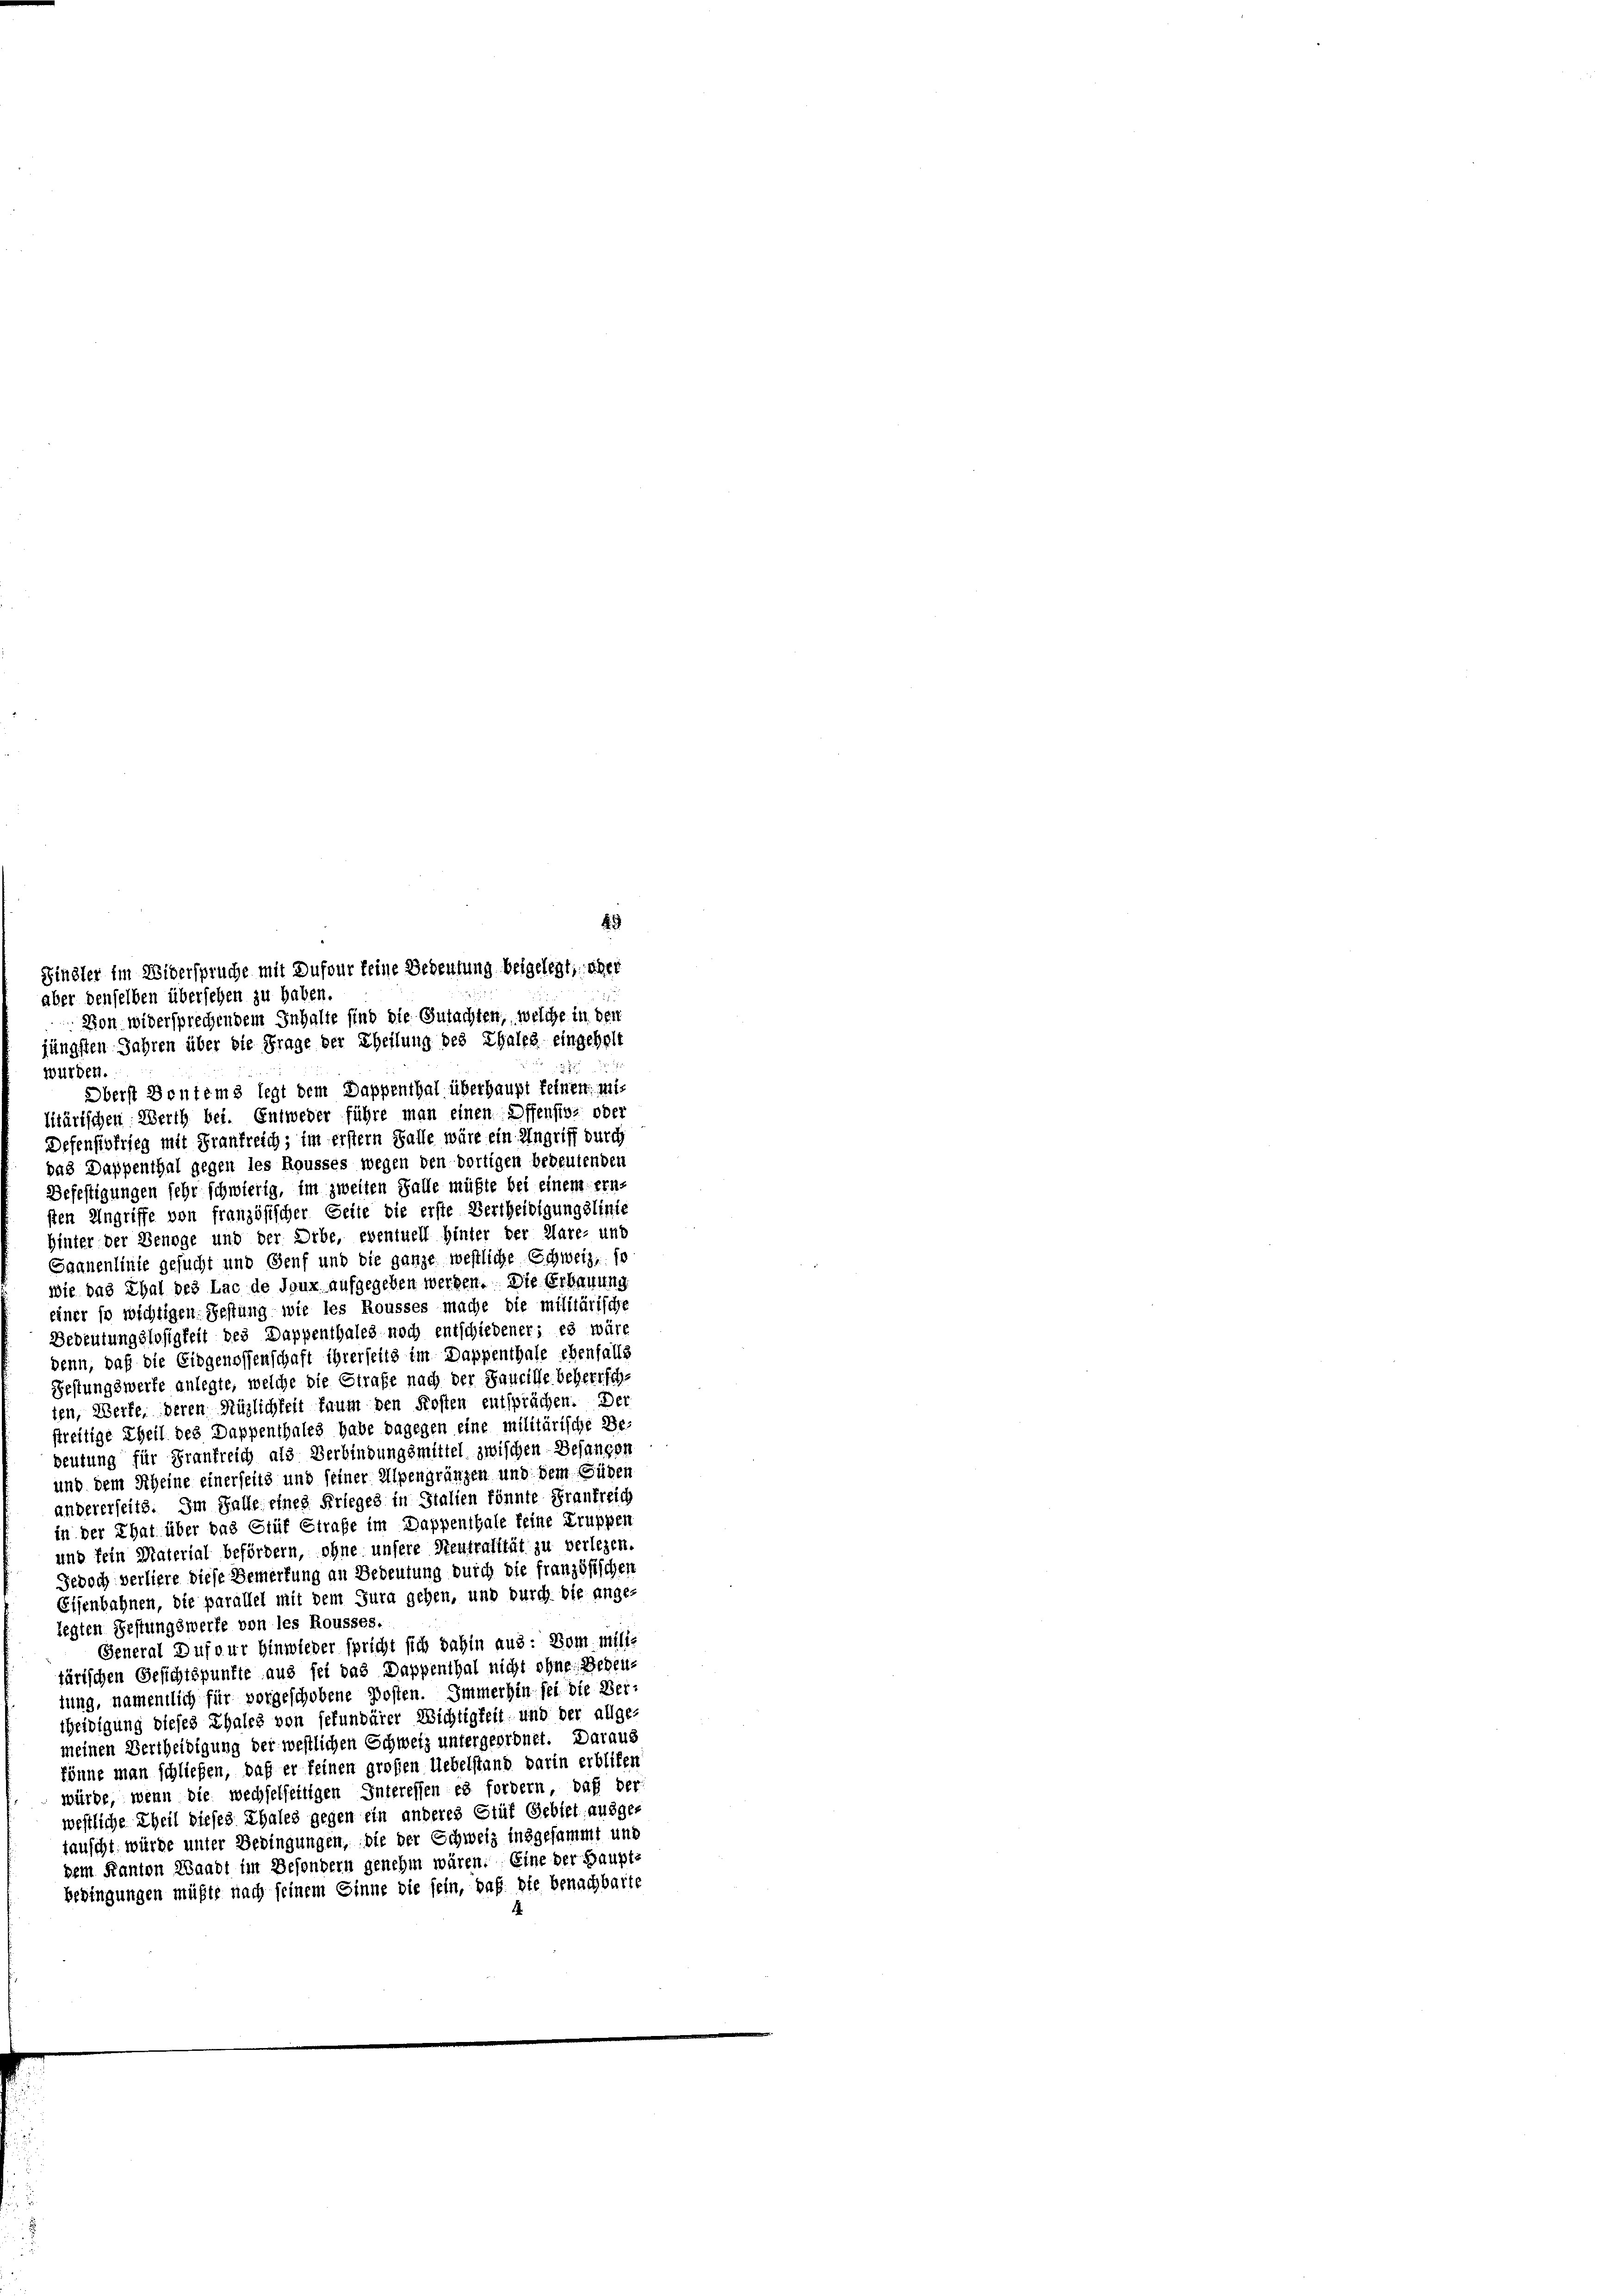
jüngsten Jahren über die Frage der Theilung des Thalga eingeholt
würden.
Oberst Bentems legt dem Dappenthal überhaupt keinen mit
litärischen Werth bei. Entweder führe man einen Offension oder
Defensivfrieg mit Frankreich; im erstem Falle wäre ein Angriff durch
das Dappenthal gegen les Rousses wegen den dortigen bedeutenden
Defestigungen sehr schwierig, im zweiten Falle müßte bei einem ern-
sten Ungriffe von französischer Seite die erste Vertheiligungslinie
hinter der Benöge und der Orbe, eventuell hinter der Clare, und
Saanenlinie gesucht und Genf und die ganze westliche Schweiz, so
wie das Chal des Lac de Joux aufgegeben werden. Die Erbauung
einer so wichtigen Festung wie les Rousses mache die militärische
Bedeutungslosigkeit des Dappenthales noch entschiedener: es wäre
denn, daß die Eidgenossenschaft ihrerseits im Dappenthale ebenfalls
Festungswerfe anlegte, welche die Strafe nach der Saueille beherrsch
ten, Werke, deren Hüglichkeit kaum den Kosten entsprächen. Der
streitige Theil des Dappenthales habe dagegen eine militärische Be-
beutung für Frankreich als Verbindungsmittel zwischen Besangen
und dem Scheine einerseits und seiner Alpengränzen und dem Güben
andererseits. Im Falle eines Erleges in Stalien könnte Frankreich
in der That über das Glüf Strafe im Dappenthale keine Gruppen
und fein Material befördern, ohne unsere Steutralität zu verlegen.
Jedoch verliere diese Bemerkung an Bedeutung durch die französischen
Eisenbahnen, die parallel mit dem Jura gehen, und durch die ange-
legten Festungswerfe von les Rousses.
General Dufour hinwieder spricht sich dahin aus: Dom milie
tärischen Gesichtspunkte aus sei das Dappenthal nicht ohne Bedeulung, namentlich für vorgeschobene Posten. Immerhin sei die Vertheidigung dieses Thales von sefundärer Wichtigkeit und der allge-
meinen Bertheidigung der westlichen Schweiz untergeordnet. Daraus
könne man schließen, daß er feinen großen Uebelstand darin erbliten
würde, wenn die wechselseitigen Interessen es fordern, daß der
westliche Theil dieses Thales gegen ein anderes Glüf Gebiet ausge-
tauscht würde unter Bedingungen, die der Schweiz insgesammt und
dem Kanton Waadt im Besondern genehm wären. Eine der Hauptbedingungen müßte nach seinem Sinne die sein, daß die benachbarte

Finsler im Widerspruche mit Dufour feine Bedeutung beigelegt, eher
aber denselben übersehen zu haben.
Von widersprechendem Inhalte sind die Gutachten, welche in den

49